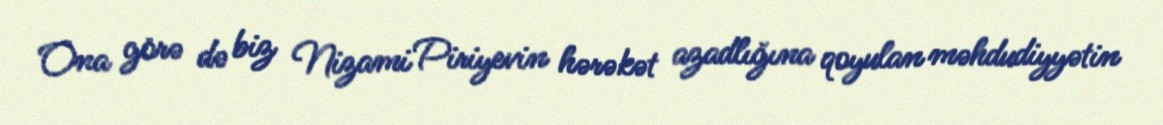
Ona görə də biz Nizami Piriyevin hərəkət azadlığına qoyulan məhdudiyyətin